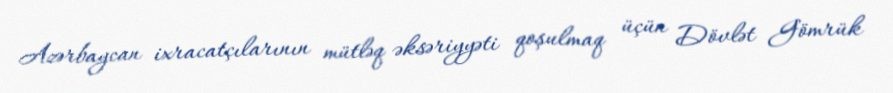
Azərbaycan ixracatçılarının mütləq əksəriyyəti qoşulmaq üçün Dövlət Gömrük